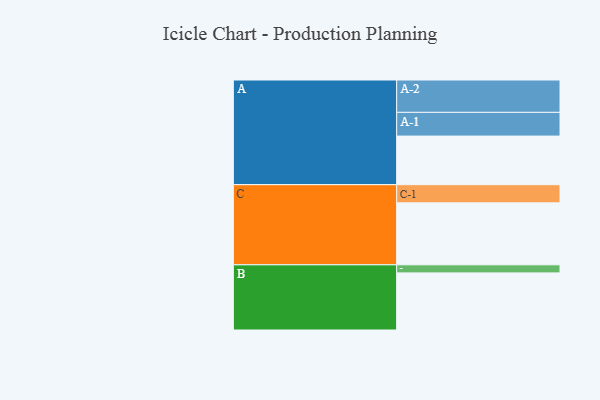
{"axis": {"x": "Segment", "y": "Value"}, "legend": ["", "A", "B", "C"], "data": [{"x": "A", "y": 422, "type": ""}, {"x": "B", "y": 496, "type": ""}, {"x": "C", "y": 538, "type": ""}, {"x": "A-1", "y": 206, "type": "A"}, {"x": "A-2", "y": 281, "type": "A"}, {"x": "B-1", "y": 70, "type": "B"}, {"x": "C-1", "y": 158, "type": "C"}]}